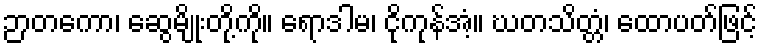
ဉာတကော၊ ဆွေမျိုးတို့ကို။ ရောဒါမ၊ ငိုကုန်အံ့။ ဃတသိတ္တံ၊ ထောပတ်ဖြင့်